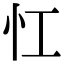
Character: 𢖷